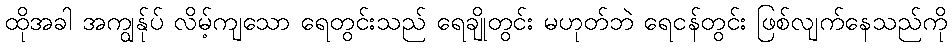
ထိုအခါ အကျွန်ုပ် လိမ့်ကျသော ရေတွင်းသည် ရေချိုတွင်း မဟုတ်ဘဲ ရေငန်တွင်း ဖြစ်လျက်နေသည်ကို